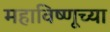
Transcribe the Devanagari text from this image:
महाविष्णूच्या